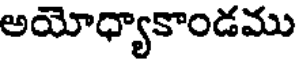
అయోధ్యాకాండము